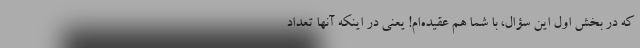
که در بخش اول این سؤال، با شما هم عقیده‌ام! یعنی در اینکه آنها تعداد